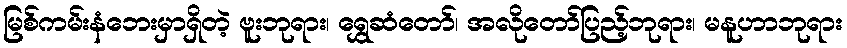
မြစ်ကမ်းနံဘေးမှာရှိတဲ့ ဗူးဘုရား၊ ရွှေဆံတော်၊ အလိုတော်ပြည့်ဘုရား၊ မနူဟာဘုရား